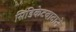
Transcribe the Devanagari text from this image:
सिंडिकेटवादाने